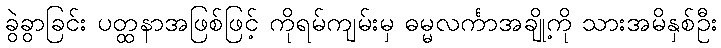
ခွဲခွာခြင်း ပတ္ထနာအဖြစ်ဖြင့် ကိုရမ်ကျမ်းမှ ဓမ္မလင်္ကာအချို့ကို သားအမိနှစ်ဦး